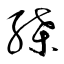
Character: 緤